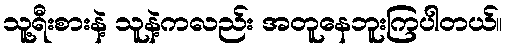
သူ့ရီးစားနဲ့ သူနဲ့ကလည်း အတူနေဘူးကြပါတယ်။